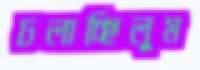
ঢলাচ্ছিলুম